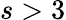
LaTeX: s>3